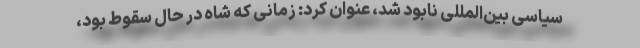
سیاسی بین‌المللی نابود شد، عنوان کرد: زمانی که شاه در حال سقوط بود،